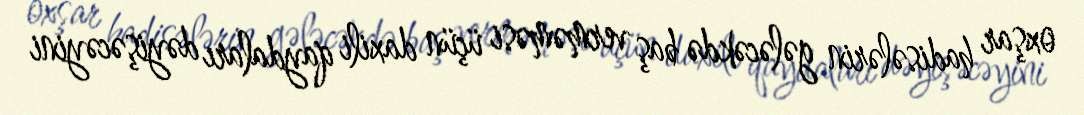
oxşar hadisələrin gələcəkdə baş verməməsi üçün daxili qaydaları dəyişəcəyini